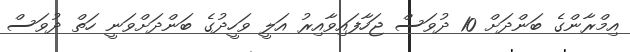
އިމްރާންގެ ބަންދަށް 10 ދުވަސް ޖަހާފައިވާއިރު އަލީ ވަހީދުގެ ބަންދަށްވަނީ ހަތް ދުވަސް